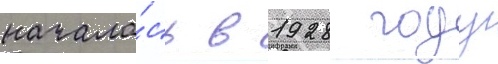
начала́сь в 1928 году